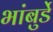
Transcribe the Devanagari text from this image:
भांबुर्डे